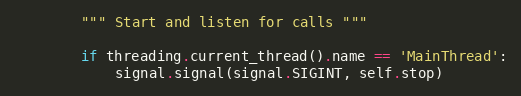
Language: Python
        """ Start and listen for calls """

        if threading.current_thread().name == 'MainThread':
            signal.signal(signal.SIGINT, self.stop)